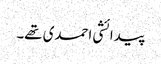
پیدائشی احمدی تھے۔